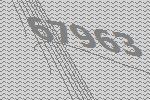
67963